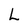
Character: L